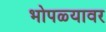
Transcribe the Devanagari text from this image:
भोपळ्यावर